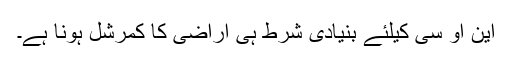
این او سی کیلئے بنیادی شرط ہی اراضی کا کمرشل ہونا ہے۔